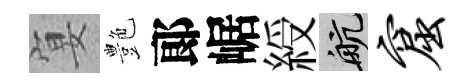
宴艶郞崌綬航窟